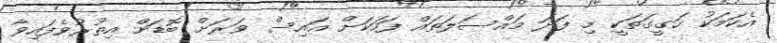
އެކަމަކު ހަގީގަތަކީ މި ފަދަ މައްސަލަތައް ފަހަކަށް އައިސް ވަރަށް ބޮޑަށް އިތުރުވެފައިވާ